Sanitation, dispensaries and jails vaccination Rajputana 1922-1927 - 1922-1927
Year: 1922
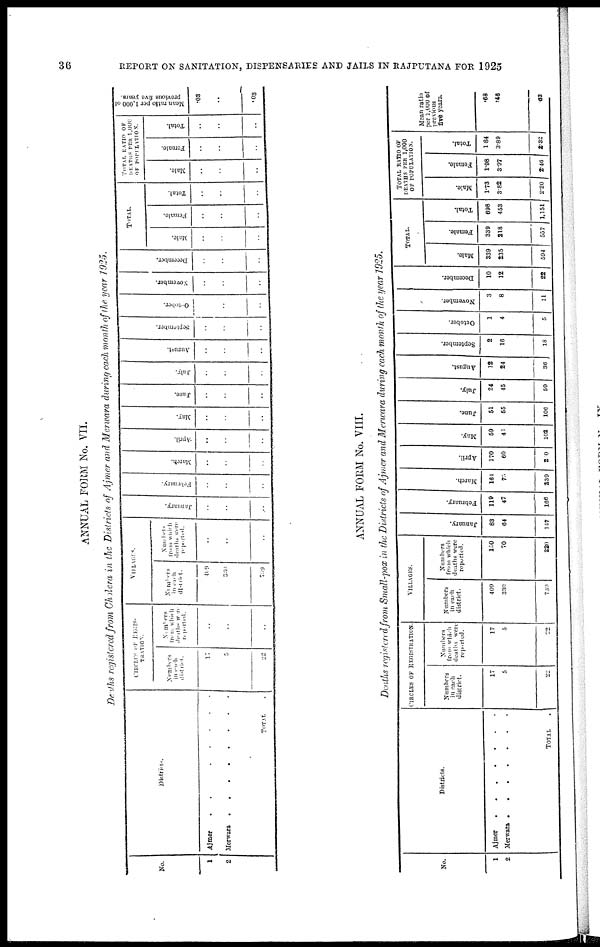
36
REPORT ON SANITATION, DISPENSARIES AND JAILS IN RAJPUTANA FOR 1925
ANNUAL FORM No. VII.
Deaths registered from Cholera in the Districts of Ajmer and Merwara during each month of the year 1925.
No.
1
2
Districts.
Ajmer
........
Merwara ........
TOTAL .
CIRCLES OF REGIS¬
TRATION.
Numbers
in each
district.
17
5
22
Numbers
from
which
deaths were
reported.
..
..
..
VILLAGES.
Numbers
in each
district.
409
330
739
Numbers
from which
deaths were
reported.
..
..
..
January.
..
..
..
February.
..
..
..
March.
..
..
..
April.
..
..
..
May.
..
..
..
June.
..
..
..
July.
..
..
..
August.
..
..
..
September.
..
..
..
October.
..
..
..
November.
..
..
..
December.
..
..
..
TOTAL.
Male.
..
..
..
Female.
..
..
..
Total.
..
..
..
TOTAL RATIO OF
DEATHS PER 1,000
OF POPULATION.
Male.
..
..
..
Female.
..
..
..
Total.
..
..
..
Mean ratio per 1,000 of
previous five years.
.03
..
.03
ANNUAL FORM No. VIII.
Deaths registered from Small-pox in the Districts of Ajmer and Merwara during each month of the year 1925.
No.
1
2
Districts.
Ajmer
.......
Merwara
........
TOTAL
.
CIRCLES OF REGISTRATION.
Numbers
in each
district.
17
5
22
Numbers
from which
deaths were
reported.
17
5
22
VILLAGES.
Numbers
in each
district.
409
330
739
Numbers
from which
deaths were
reported.
150
70
220
January.
83
64
147
February.
119
47
166
March.
164
75
239
April.
170
60
230
May.
59
43
102
June.
51
55
106
July.
24
45
59
August.
]2
24
30
September.
2
16
18
October.
1
4
5
November.
3
8
11
December.
10
12
22
TOTAL.
Male.
339
235
594
Female.
339
218
557
Total.
698
453
1,151
TOTAL RATIO OF
DEATHS PER 1,000
OF POPULATION.
Male.
1.73
3.82
2.20
Female.
1.98
3.97
240
Total.
1.84
3.89
2.32
Mean ratio
per 1,000 of
previous
five years.
.68
.46
.63